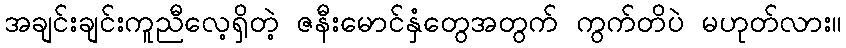
အချင်းချင်းကူညီလေ့ရှိတဲ့ ဇနီးမောင်နှံတွေအတွက် ကွက်တိပဲ မဟုတ်လား။